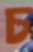
চ